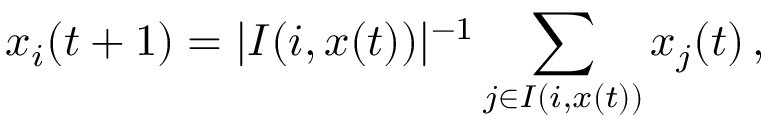
x _ { i } ( t + 1 ) = | I ( i , x ( t ) ) | ^ { - 1 } \sum _ { j \in I ( i , x ( t ) ) } x _ { j } ( t ) \, ,